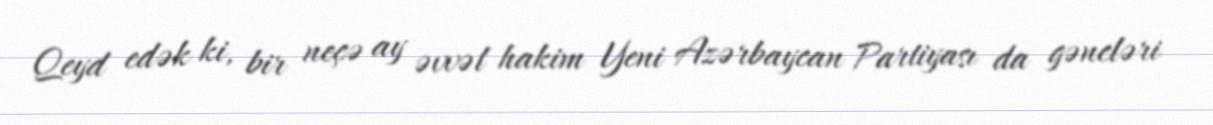
Qeyd edək ki, bir neçə ay əvvəl hakim Yeni Azərbaycan Partiyası da gəncləri